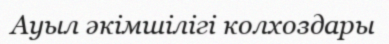
Ауыл әкімшілігі колхоздары